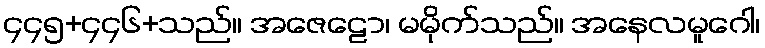
၄၄၅+၄၄၆+သည်။ အဇေဠော၊ မမိုက်သည်။ အနေလမူဂေါ၊